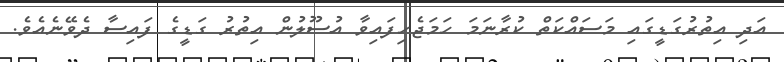
އަދި އިތުރުގަޑީގައި މަސައްކަތް ކުރާނަމަ ހަމަޖެހިފައިވާ އުސޫލުން އިތުރު ގަޑީގެ ފައިސާ ދެވޭނެއެވެ.